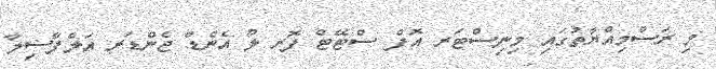
މި ރަސްމިއްޔާތުގައި މިނިސްޓަރ އޮފް ސްޓޭޓް ފޮރ ލޯ އެންޑް ޖެންޑަރ އަލްފާޟިލާ